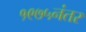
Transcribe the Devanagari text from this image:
१९७५नंतर